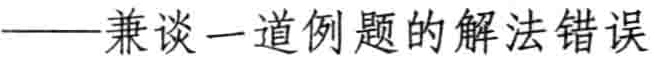
——兼谈一道例题的解法错误